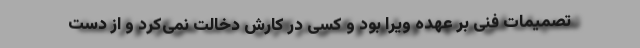
تصمیمات فنی بر عهده ویرا بود و کسی در کارش دخالت نمی‌کرد و از دست